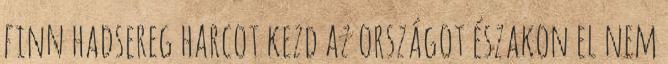
finn hadsereg harcot kezd az országot északon el nem